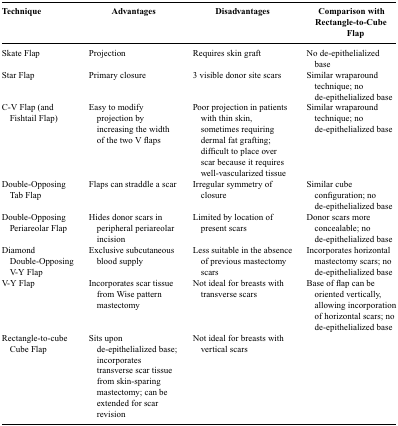
| Technique | Advantages | Disadvantages | Comparison with Rectangle-to-Cube Flap |
 | --- | --- | --- | --- |
 | Skate Flap | Projection | Requires skin graft | No de-epithelialized base |
 | Star Flap | Primary closure | 3 visible donor site scars | Similar wraparound technique; no de-epithelialized base |
 | C-V Flap (and Fishtail Flap) | Easy to modify projection by increasing the width of the two V flaps | Poor projection in patients with thin skin, sometimes requiring dermal fat grafting; difficult to place over scar because it requires well-vascularized tissue | Similar wraparound technique; no de-epithelialized base |
 | Double-Opposing Tab Flap | Flaps can straddle a scar | Irregular symmetry of closure | Similar cube configuration; no de-epithelialized base |
 | Double-Opposing Periareolar Flap | Hides donor scars in peripheral periareolar incision | Limited by location of present scars | Donor scars more concealable; no de-epithelialized base |
 | Diamond Double-Opposing V-Y Flap | Exclusive subcutaneous blood supply | Less suitable in the absence of previous mastectomy scars | Incorporates horizontal mastectomy scars; no de-epithelialized base |
 | V-Y Flap | Incorporates scar tissue from Wise pattern mastectomy | Not ideal for breasts with transverse scars | Base of flap can be oriented vertically, allowing incorporation of horizontal scars; no de-epithelialized base |
 | Rectangle-to-cube Cube Flap | Sits upon de-epithelialized base; incorporates transverse scar tissue from skin-sparing mastectomy; can be extended for scar revision | Not ideal for breasts with vertical scars |  |